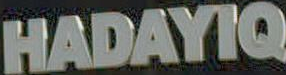
HADAYIQ